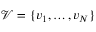
\mathcal { V } = \{ v _ { 1 } , \ldots , v _ { N } \}